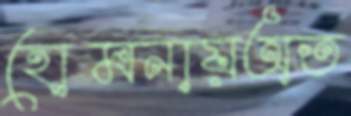
হোমনায়অত